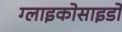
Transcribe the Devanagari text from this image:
ग्लाइकोसाइडों